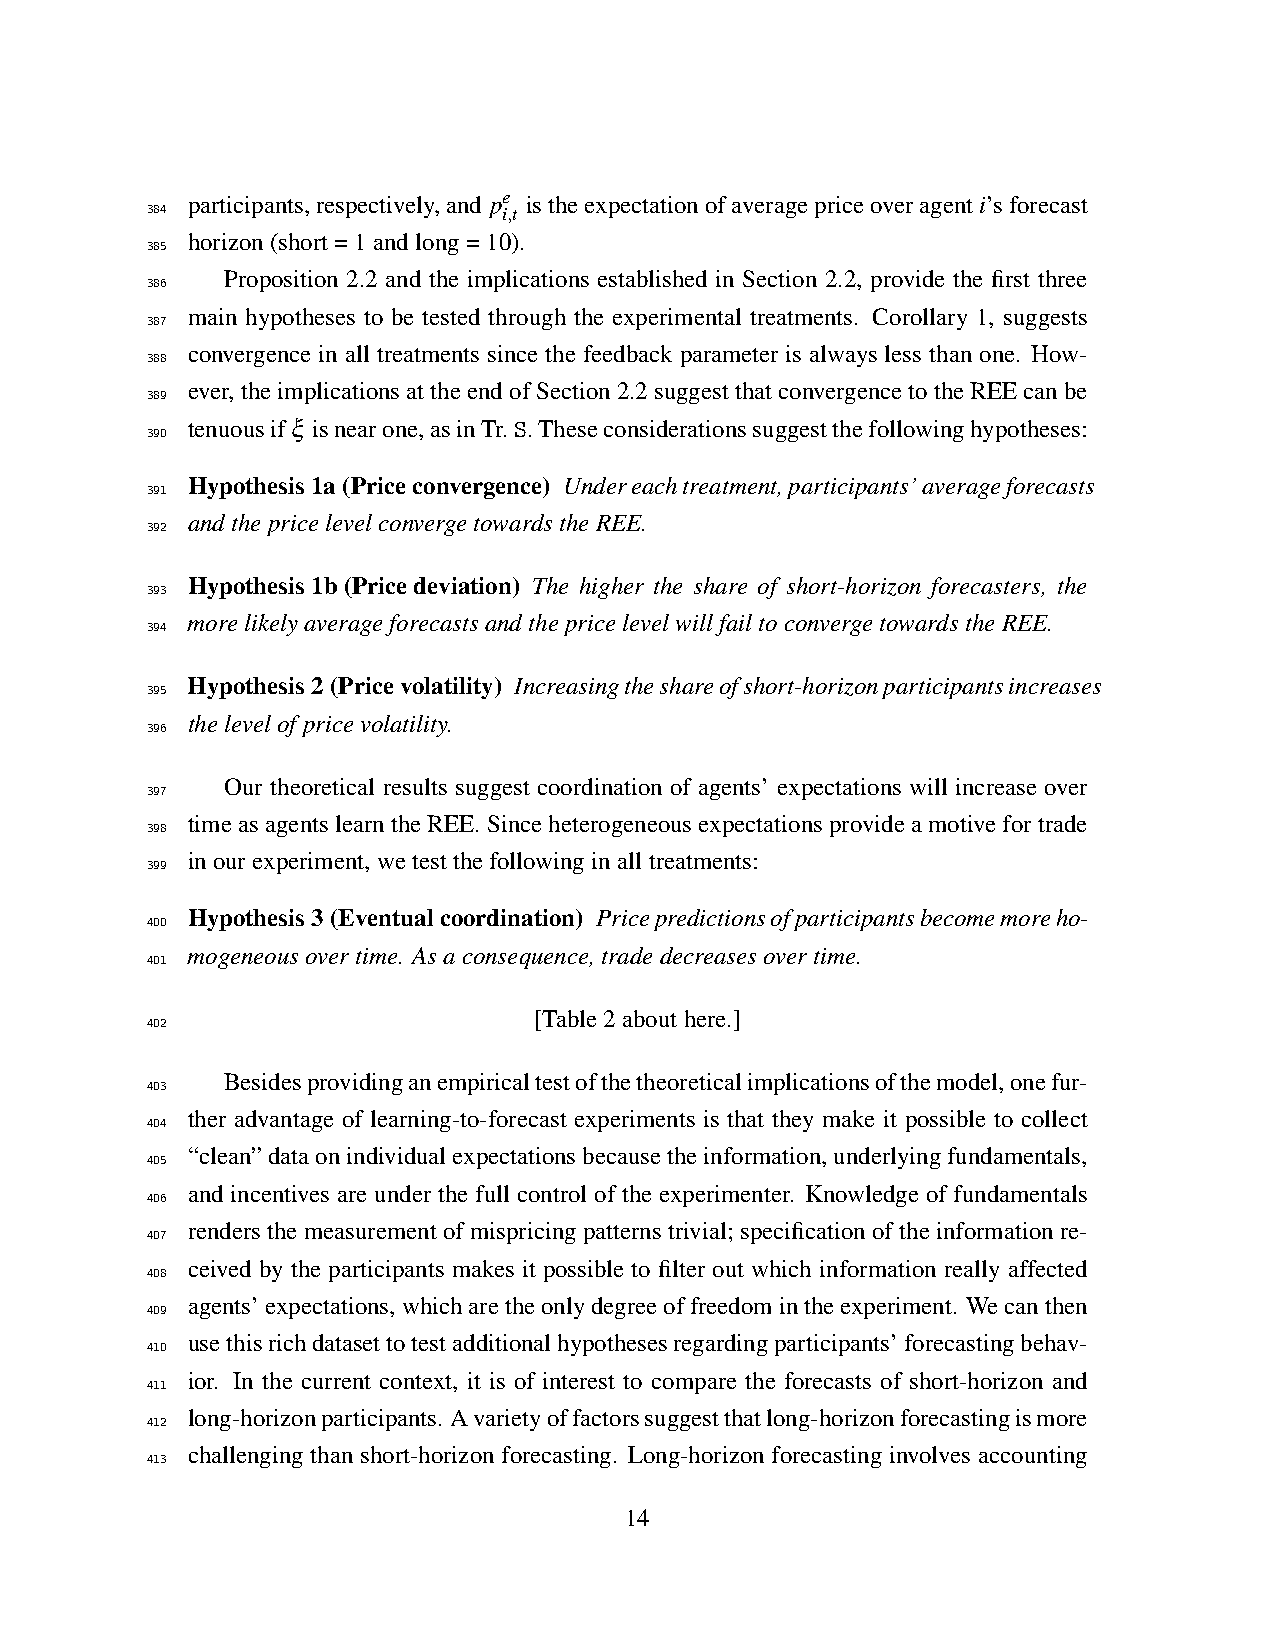
participants,respectively,and pe istheexpectationofaveragepriceoveragenti’sforecast
 384                    i,t
 horizon(short=1andlong=10).
 385
 Proposition 2.2 and the implications established in Section 2.2, provide the first three
 386
 main hypotheses to be tested through the experimental treatments. Corollary 1, suggests
 387
 convergence in all treatments since the feedback parameter is always less than one. How-
 388
 ever,theimplicationsattheendofSection2.2suggestthatconvergencetotheREEcanbe
 389
 tenuousifξ isnearone,asinTr.S.Theseconsiderationssuggestthefollowinghypotheses:
 390
 Hypothesis1a(Priceconvergence) Undereachtreatment,participants’averageforecasts
 391
 andthepricelevelconvergetowardstheREE.
 392
 Hypothesis1b(Pricedeviation) The higher the share of short-horizon forecasters, the
 393
 morelikelyaverageforecastsandthepricelevelwillfailtoconvergetowardstheREE.
 394
 Hypothesis2(Pricevolatility) Increasingtheshareofshort-horizonparticipantsincreases
 395
 thelevelofpricevolatility.
 396
 Our theoretical results suggest coordination of agents’ expectations will increase over
 397
 timeasagentslearntheREE.Sinceheterogeneousexpectationsprovideamotivefortrade
 398
 inourexperiment,wetestthefollowinginalltreatments:
 399
 Hypothesis3(Eventualcoordination) Pricepredictionsofparticipantsbecomemoreho-
 400
 mogeneousovertime. Asaconsequence,tradedecreasesovertime.
 401
 [Table2abouthere.]
 402
 Besidesprovidinganempiricaltestofthetheoreticalimplicationsofthemodel,onefur-
 403
 ther advantage of learning-to-forecast experiments is that they make it possible to collect
 404
 “clean”dataonindividualexpectationsbecausetheinformation,underlyingfundamentals,
 405
 and incentives are under the full control of the experimenter. Knowledge of fundamentals
 406
 renders the measurement of mispricing patterns trivial; specification of the information re-
 407
 ceived by the participants makes it possible to filter out which information really affected
 408
 agents’expectations,whicharetheonlydegreeoffreedomintheexperiment. Wecanthen
 409
 usethisrichdatasettotestadditionalhypothesesregardingparticipants’forecastingbehav-
 410
 ior. In the current context, it is of interest to compare the forecasts of short-horizon and
 411
 long-horizonparticipants. Avarietyoffactorssuggestthatlong-horizonforecastingismore
 412
 challenging than short-horizon forecasting. Long-horizon forecasting involves accounting
 413
 14